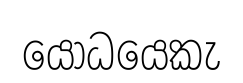
යෝධයෙකැ